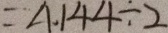
= 4 . 1 4 4 \div 2